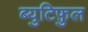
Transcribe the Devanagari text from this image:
ब्युटिफ़ुल